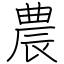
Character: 農